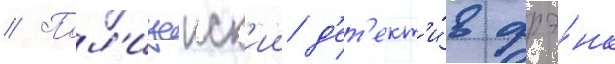
// Пол'ицеиск'ии д'ет'ект'и́в фрэ́нк